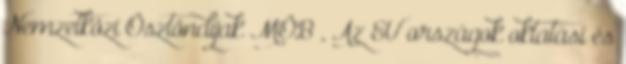
Nemzetközi Ösztöndíjak MÖB , Az EU országok oktatási és